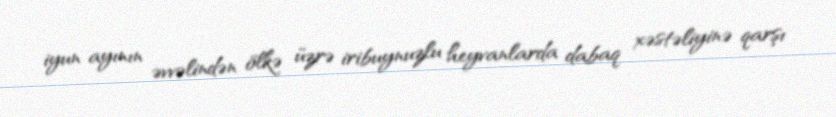
iyun ayının əvvəlindən ölkə üzrə iribuynuzlu heyvanlarda dabaq xəstəliyinə qarşı